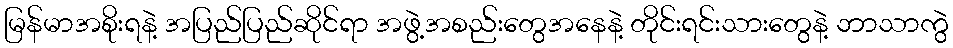
မြန်မာအစိုးရနဲ့ အပြည်ပြည်ဆိုင်ရာ အဖွဲ့အစည်းတွေအနေနဲ့ တိုင်းရင်းသားတွေနဲ့ ဘာသာကွဲ